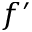
f ^ { \prime }